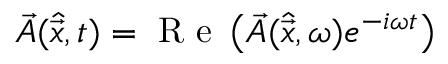
\vec { A } ( \hat { \vec { x } } , t ) = \mathrm { ~ R ~ e ~ } \left( \vec { A } ( \hat { \vec { x } } , \omega ) e ^ { - i \omega t } \right)